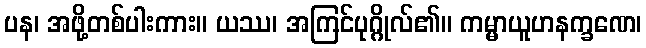
ပန၊ အဖို့တစ်ပါးကား။ ယဿ၊ အကြင်ပုဂ္ဂိုလ်၏။ ကမ္မာယူဟနက္ခဏေ၊